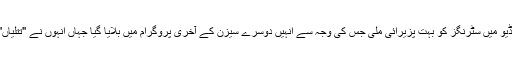
کوک سٹوڈیو میں سٹرنگز کو بہت پزیرائی ملی جس کی وجہ سے انہیں دوسرے سیزن کے آخری پروگرام میں بلایا گیا جہاں انہوں نے "تتلیاں" پیش کیا۔